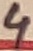
Text: 4